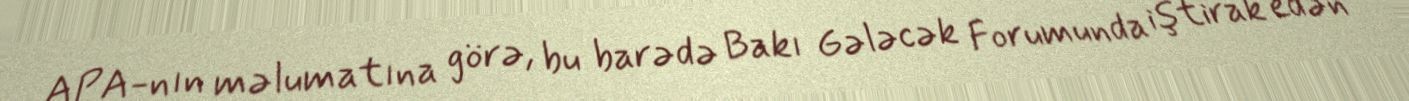
APA-nın məlumatına görə, bu barədə Bakı Gələcək Forumunda iştirak edən